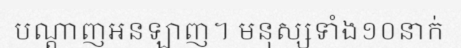
បណ្តាញអនឡាញ។ មនុស្សទាំង១០នាក់